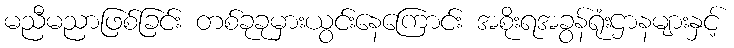
မညီမညာဖြစ်ခြင်း တစ်ခုခုမှားယွင်းနေကြောင်း အစိုးရအခွန်ရုံးဌာနများနှင့်